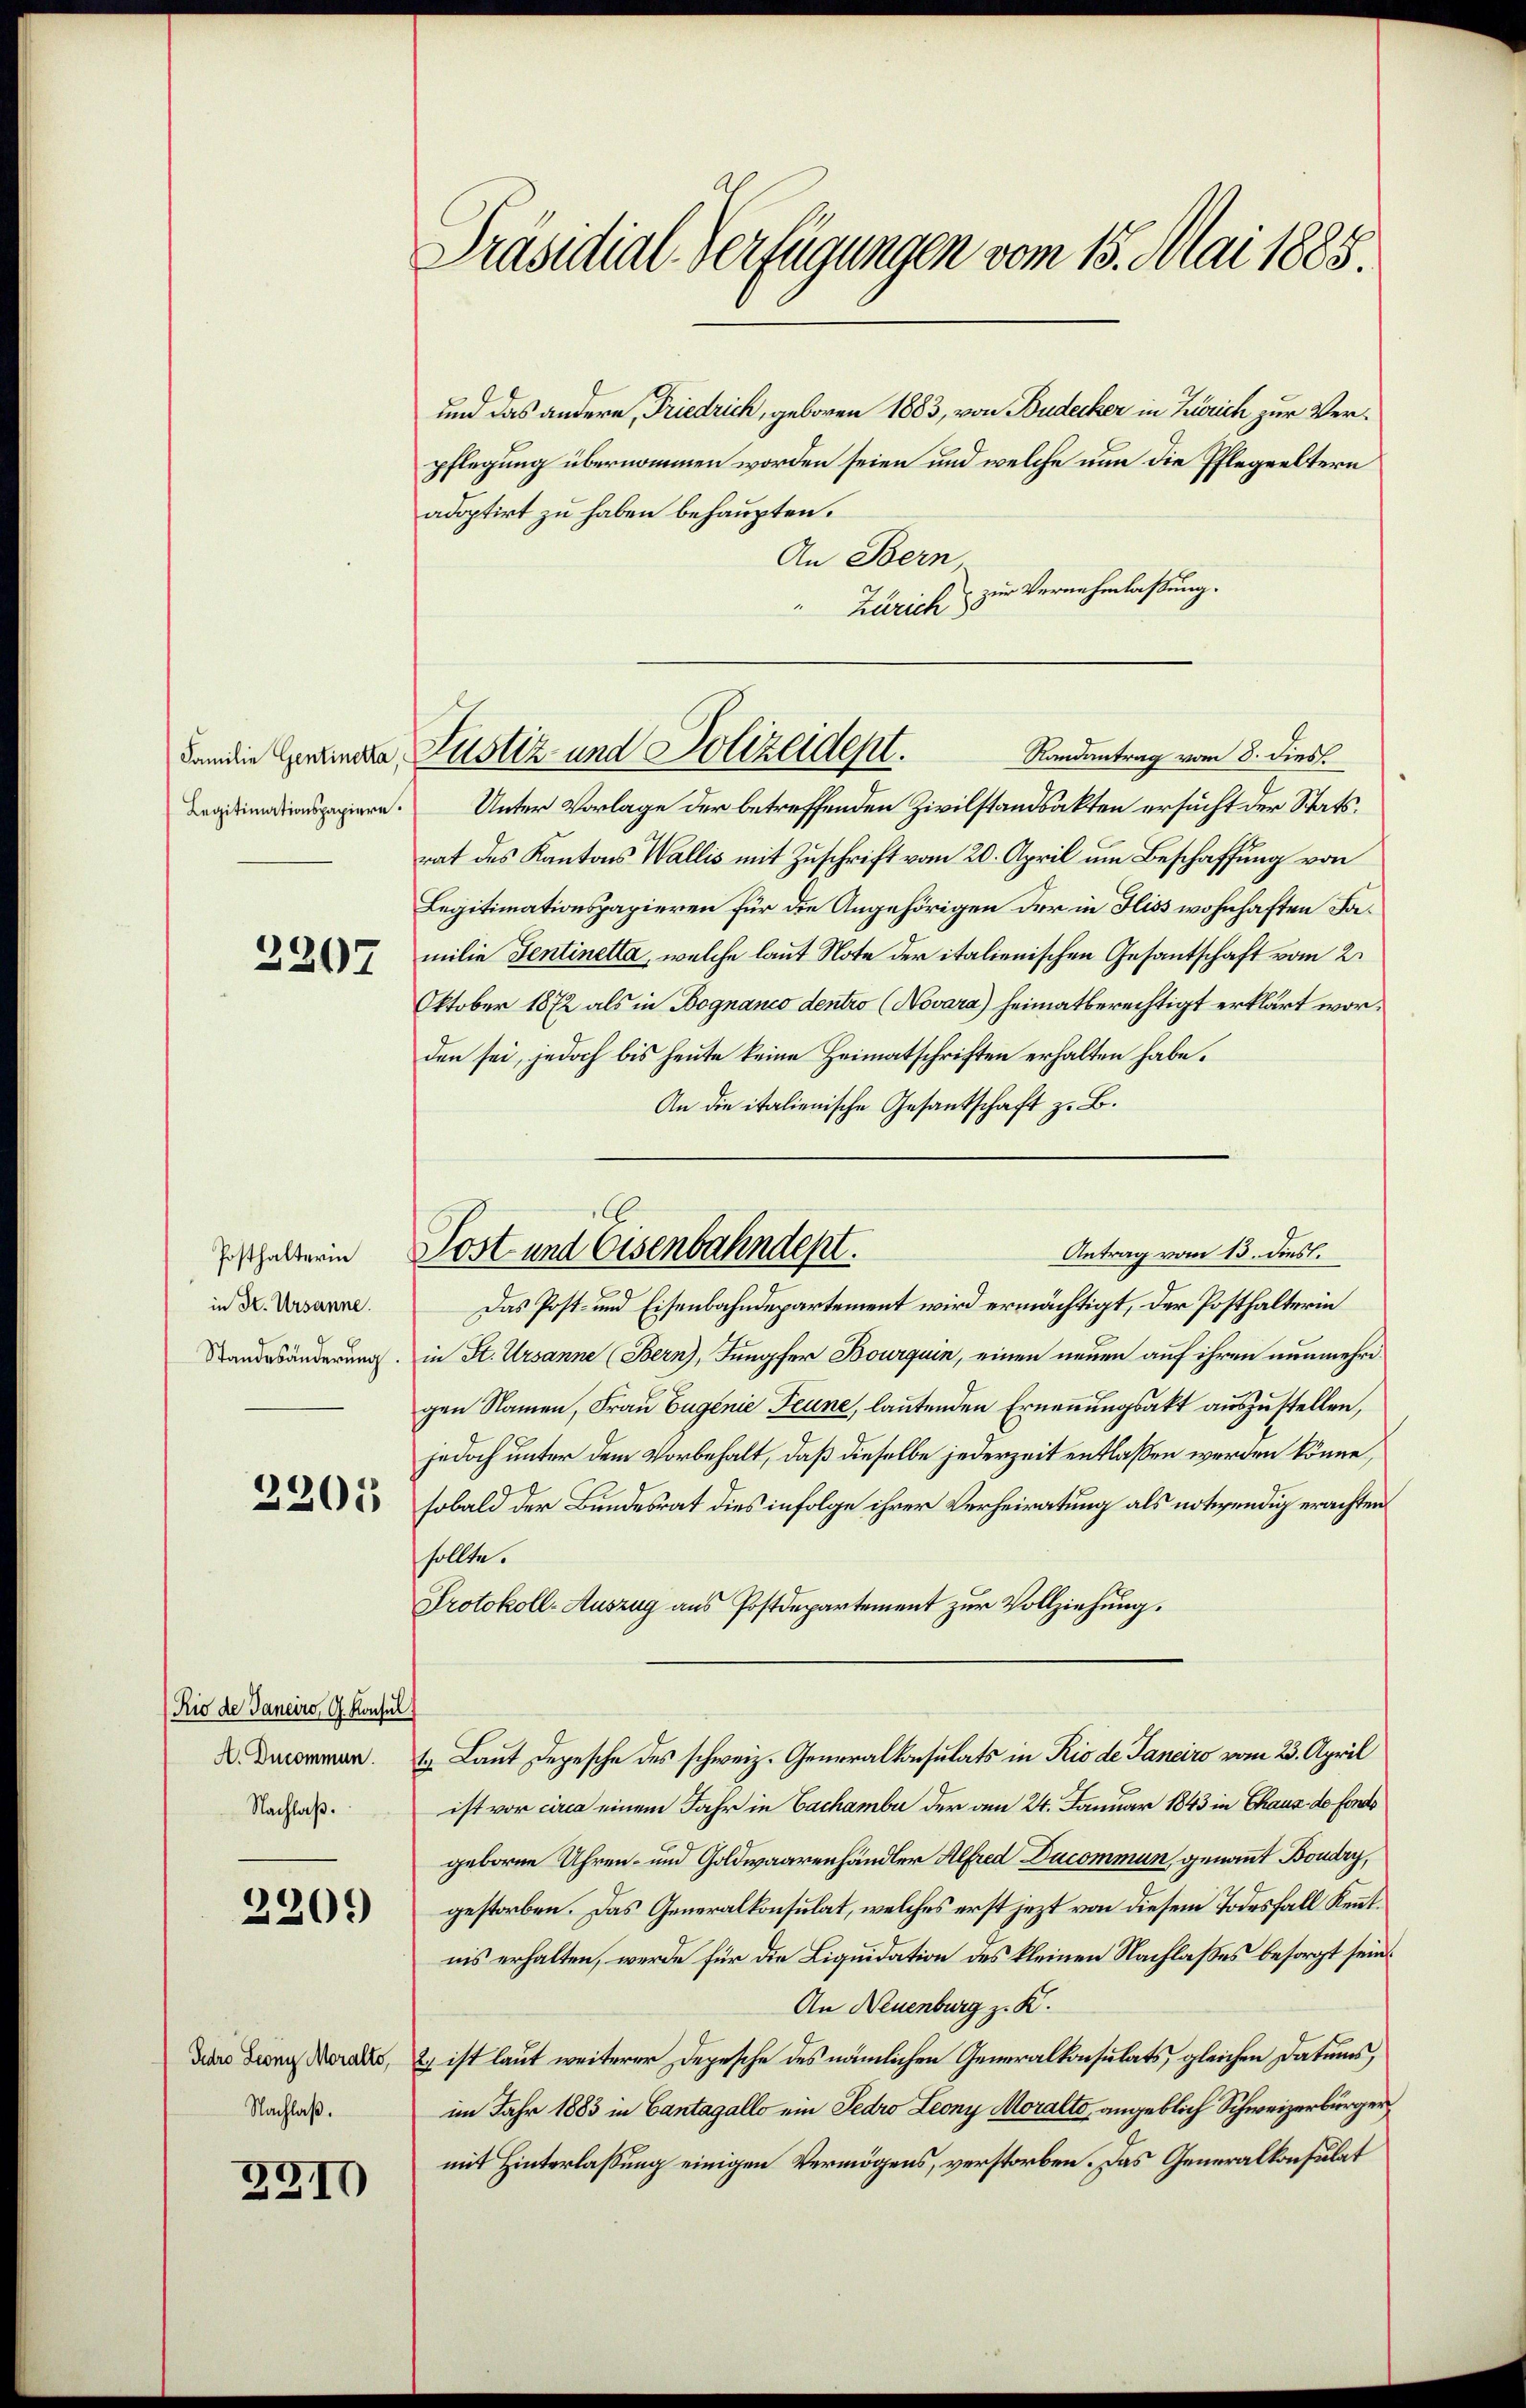
Familie Gentinetta,

2207

Posthalterin
in St. Ursanne.
Standesänderung

2205

Rio de Janeiro, G. Konsul
A. Ducommun.
Nachlaβ.

2209

Gedro Leonz Moralto,
Nachlaß.

2910

Präsidial-Verfügungen vom 15. Mai 1888.

und das andere Friedrich, geboren 1883, von Budecker in Zürich zur Verpflegung übernommen worden seien und welche nun die Pflegeeltern
adoptirt zu haben behaupten.
An Bern
" Zürich zur Vernehmlaßung.
Randantrag vom 8. dies.
Begnadispapiere. Unter Vorlage der betreffenden Zivilstandsakten ersucht der Statsrat des Kantons Wallis mit Zuschrift vom 20. April um Beschaffung von
Legitimationspapieren für die Angehörigen der in Hiss wohnhaften Familie Sentinetta, welche laut Note der italienischen Gesantschaft vom 2.
Oktober 1872 als in Bognanco dentro (Novara) heimatberechtigt erklärt worden sei, jedoch bis heute keine Heimatschriften erhalten habe.
An die italienische Gesantschaft z. B.
Das Post- und Eisenbahndepartement wird ermächtigt, der Posthalterin
in St. Ursanne (Bern), Jungfer Bourquin, einen neuen auf ihren nunmehrigen Namen, Frau Eugenie Feune, lautenden Ernennungsakt auszustellen,
jedoch unter dem Vorbehalt, daß dieselbe jederzeit entlassen werden könne,
sobald der Bundesrat dies infolge ihrer Verheiratung als notwendig erachten
sollte.
Protokoll-Auszug aus Postdepartement zur Vollziehung.
1. Laut Depesche des schweiz. Generalkonsulats in Rio de Janeiro vom 23. April
ist vor circa einem Jahr in Cachambe der am 24. Januar 1843 in Chaus de fonds
geboren Uhren- und Goldwaarenhändler Alfred Ducommun, genannt Boudry,
gestorben. Das Generalkonsulat, welches erst jetzt von diesem Todesfall Kenntnis erhalten, werde für die Liquidation des kleinen Nachlaßes besorgt sein.
An Neuenburg z. K.
2) ist laut weiterer Depesche des nämlichen Generalkonsulats, gleichen Datums,
im Jahr 1883 in Cantagallo ein Fedro Leony Moralto, angeblich Schweizerbürger
mit Hinterlassung einigen Vermögens, verstorben. Das Generalkonsulat

Justiz und Polizeidept.

E
Antrag vom 13. dies.
Post und Eisenbahndept.